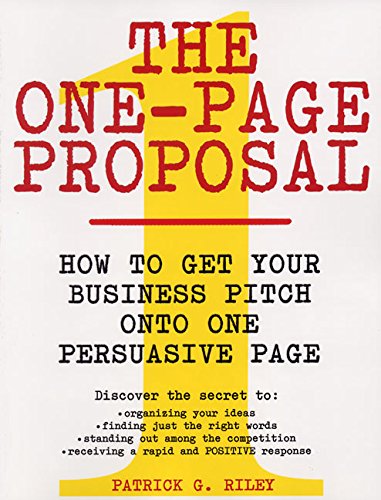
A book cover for The One-Page Proposal:  How to Get Your Business Pitch onto One Persuasive Page; Patrick G. Riley; Business & Money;